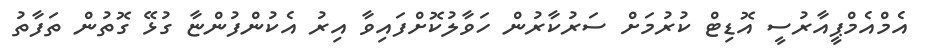
އެމްއެމްޕީއާރުސީ އޮޑިޓް ކުރުމަށް ސަރުކާރުން ހަވާލުކޮށްފައިވާ އިރު އެކުންފުންޏާ ގުޅޭ ގޮތުން ތަފާތު